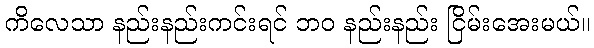
ကိလေသာ နည်းနည်းကင်းရင် ဘဝ နည်းနည်း ငြိမ်းအေးမယ်။